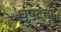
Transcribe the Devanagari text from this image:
धृषटता